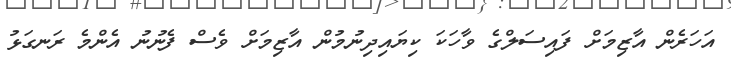
އަހަރެން އާޒިމަށް ފައިސަލްގެ ވާހަކަ ކިޔައިދިނުމުން އާޒިމަށް ވެސް ފެނުނު އެންމެ ރަނގަޅު